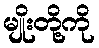
မျိုးတို့ကို